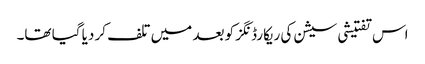
اس تفتیشی سیشن کی ریکارڈنگز کو بعد میں تلف کر دیا گیا تھا۔